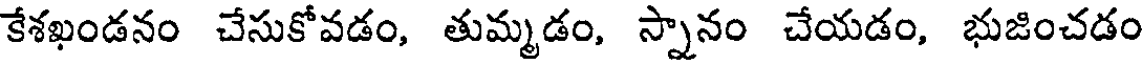
కేశఖండనం చేసుకోవడం, తుమ్మడం, స్నానం చేయడం, భుజించడం